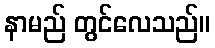
နာမည် တွင်လေသည်။